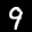
Label: 9